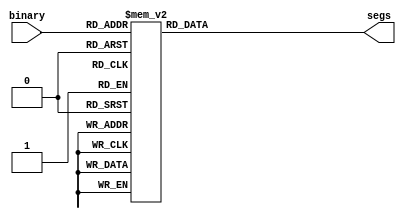

module SSD(binary, segs);

`define SS_0 7'b0111111
`define SS_1 7'b0000110
`define SS_2 7'b1011011
`define SS_3 7'b1001111
`define SS_4 7'b1100110
`define SS_5 7'b1101101
`define SS_6 7'b1111101
`define SS_7 7'b0000111
`define SS_8 7'b1111111
`define SS_9 7'b1101111


input [3:0] binary;
output [6:0] segs;

reg [6:0] segs;

always@(*) begin
case(binary)
0: segs = ~(`SS_0);
1: segs = ~(`SS_1);
2: segs = ~(`SS_2);
3: segs = ~(`SS_3);
4: segs = ~(`SS_4);
5: segs = ~(`SS_5);
6: segs = ~(`SS_6);
7: segs = ~(`SS_7);
8: segs = ~(`SS_8);
9: segs = ~(`SS_9);
default: segs = ~(7'b0000000);
endcase
end

endmodule